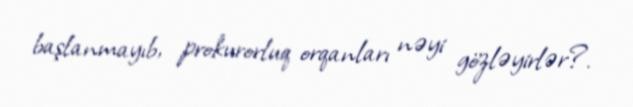
başlanmayıb, prokurorluq orqanları nəyi gözləyirlər?.